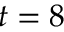
t = 8